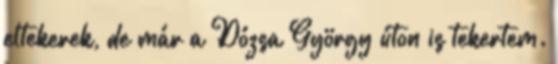
eltekerek, de már a Dózsa György úton is tekertem.